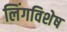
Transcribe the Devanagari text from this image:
लिंगविशेष